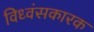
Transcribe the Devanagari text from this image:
विध्वंसकारक